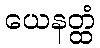
ယေနတ္ထံ